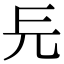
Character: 㒫